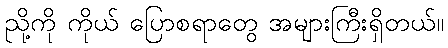
ညို့ကို ကိုယ် ပြောစရာတွေ အများကြီးရှိတယ်။